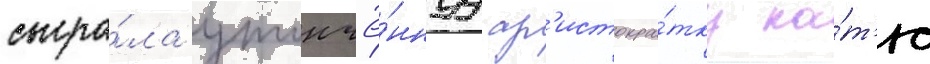
сыгра́ла утончё́ннуу ар'истокра́тку ка́т'ю